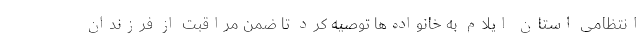
انتظامی استان ایلام به خانواده‌ها توصیه کرد تا ضمن مراقبت از فرزندان